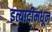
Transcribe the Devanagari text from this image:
इत्यादींमधून